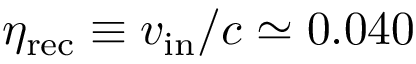
\eta _ { \mathrm { r e c } } \equiv v _ { \mathrm { i n } } / c \simeq 0 . 0 4 0